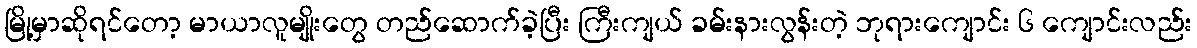
မြို့မှာဆိုရင်တော့ မာယာလူမျိုးတွေ တည်ဆောက်ခဲ့ပြီး ကြီးကျယ် ခမ်းနားလွန်းတဲ့ ဘုရားကျောင်း ၆ ကျောင်းလည်း